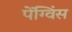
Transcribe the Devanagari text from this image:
पेंग्विंस